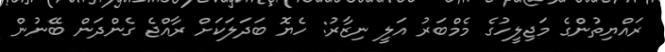
ރައްޔިތުންގެ މަޖިލީހުގެ މެމްބަރު އަލީ ނިޒާރު: ހެޔޮ ބަދަލަކަށް ރާއްޖެ ގެންދަން ބޭނުން